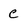
Character: C